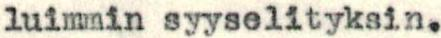
luimmin syyselityksin.